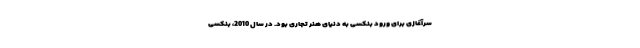
سرآغازی برای ورود بنکسی به دنیای هنر تجاری بود. در سال 2010، بنکسی